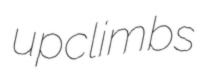
upclimbs